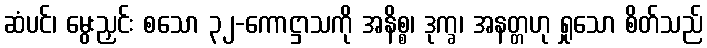
ဆံပင်၊ မွေးညှင်း စသော ၃၂-ကောဋ္ဌာသကို အနိစ္စ၊ ဒုက္ခ၊ အနတ္တဟု ရှုသော စိတ်သည်